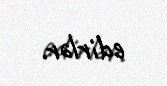
edirlər.